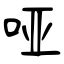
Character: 哑